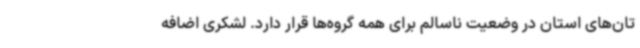
تان‌های استان در وضعیت ناسالم برای همه گروه‌ها قرار دارد. لشکری اضافه